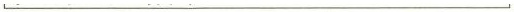
___